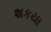
શકયા